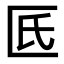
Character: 𠥯